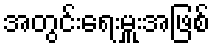
အတွင်းရေးမှူးအဖြစ်